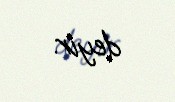
deyir.